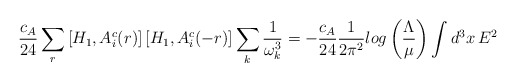
\begin{align*}{c_A\over 24}\sum_{r}\left[H_1,A^c_i(r)\right]\left[H_1, A^c_i(-r)\right]\sum_k{1\over \omega^3_k}=-{c_A\over 24}{1\over 2\pi^2} log\left({\Lambda\over\mu}\right)\int d^3x\,E^2\end{align*}